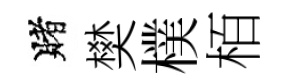
賭樊樸栢